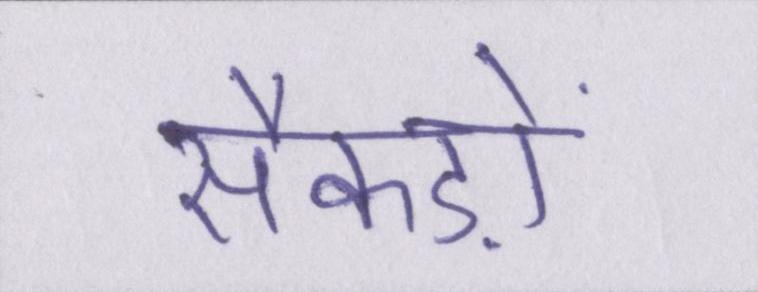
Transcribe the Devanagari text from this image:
सैकड़ों